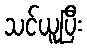
သင်ယူပြီး